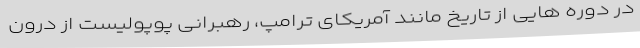
در دوره هایی از تاریخ مانند آمریکای ترامپ، رهبرانی پوپولیست از درون